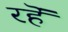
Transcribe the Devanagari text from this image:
रहॆं